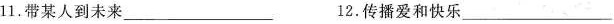
11.带某人到未来___ 12.传播爱和快乐___